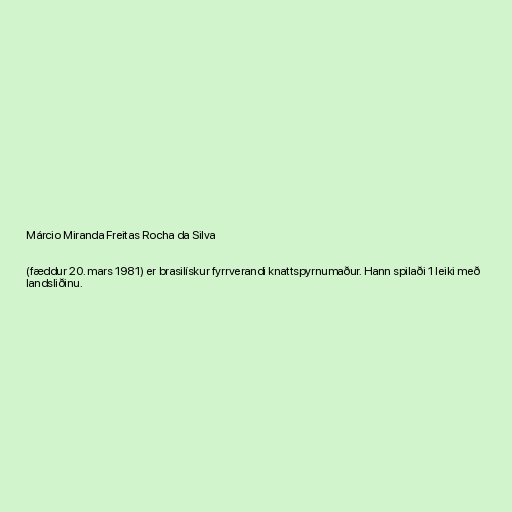
Márcio Miranda Freitas Rocha da Silva

(fæddur 20. mars 1981) er brasilískur fyrrverandi knattspyrnumaður. Hann spilaði 1 leiki með
landsliðinu.